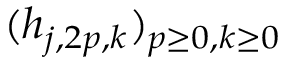
( h _ { j , 2 p , k } ) _ { p { \geq } 0 , k { \geq } 0 }